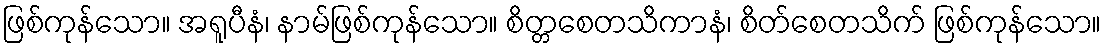
ဖြစ်ကုန်သော။ အရူပီနံ၊ နာမ်ဖြစ်ကုန်သော။ စိတ္တစေတသိကာနံ၊ စိတ်စေတသိက် ဖြစ်ကုန်သော။